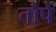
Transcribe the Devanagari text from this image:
तौपें